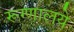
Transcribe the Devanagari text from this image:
रूग्णालये